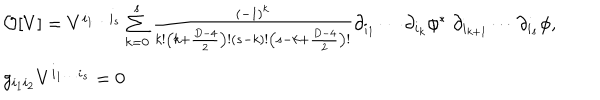
\begin{array} { l } { { { \cal O } [ V ] = V ^ { i _ { 1 } \ldots i _ { s } } \sum _ { k = 0 } ^ { s } { \frac { ( - 1 ) ^ { k } } { k ! \left( k + { \frac { D - 4 } { 2 } } \right) ! ( s - k ) ! \left( s - k + { \frac { D - 4 } { 2 } } \right) ! } } \partial _ { i _ { 1 } } \cdots \partial _ { i _ { k } } \phi ^ { * } \; \partial _ { i _ { k + 1 } } \cdots \partial _ { i _ { s } } \phi , } } \\ { { g _ { i _ { 1 } i _ { 2 } } V ^ { i _ { 1 } \ldots i _ { s } } = 0 } } \\ \end{array}